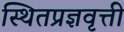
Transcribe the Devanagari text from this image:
स्थितप्रज्ञवृत्ती